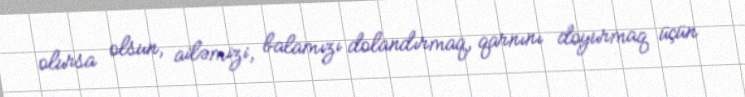
olursa olsun, ailəmizi, balamızı dolandırmaq, qarnını doyurmaq üçün